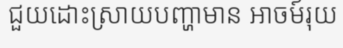
ជួយដោះស្រាយបញ្ហាមាន អាចម៍រុយ